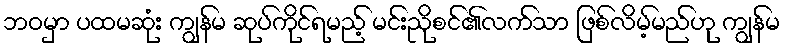
ဘဝမှာ ပထမဆုံး ကျွန်မ ဆုပ်ကိုင်ရမည့် မင်းညိုစင်၏လက်သာ ဖြစ်လိမ့်မည်ဟု ကျွန်မ